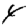
Digit: 4